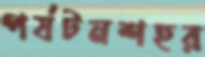
পর্যটনশহর